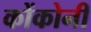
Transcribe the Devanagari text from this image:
कोंकोनी